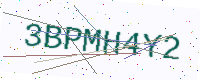
Text: 3BPMH4Y2